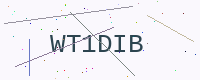
Text: WT1DIB